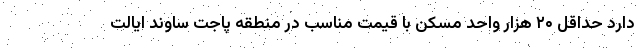
دارد حداقل ۲۰ هزار واحد مسکن با قیمت مناسب در منطقه پاجت ساوند ایالت